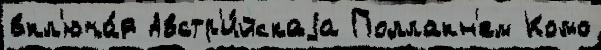
вкл'юча́я Австр'и́йскаjа Поллакн'ем Комо